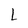
Character: L